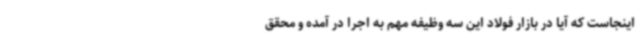
اینجاست که آیا در بازار فولاد این سه وظیفه مهم به اجرا در آمده و محقق